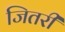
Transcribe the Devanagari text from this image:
जितरी